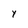
Character: y